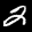
Label: 2